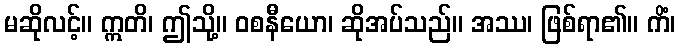
မဆိုလင့်။ ဣတိ၊ ဤသို့။ ဝစနီယော၊ ဆိုအပ်သည်။ အဿ၊ ဖြစ်ရာ၏။ ကိံ၊